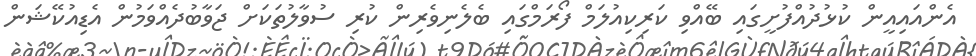
އެންއައިއީން ކުޅުދުއްފުށީގައި ބޭއްވި ކަރިކިއުލަމް ފޯރަމްގައި ބެލެނިވެރިން ކުރި ސުވާލުތަކަށް ޖަވާބުދެއްވަމުން އެޑިއުކޭޝަން